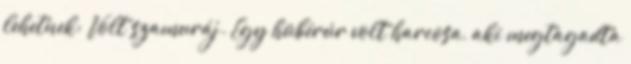
lehetnek: Volt szamuráj. Egy hübérúr volt harcosa, aki megtagadta